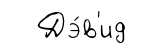
Дэ́в'ид